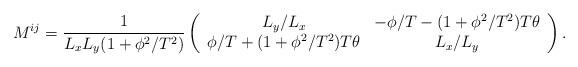
LaTeX: \begin{align*}M^{ij}=\frac{1}{L_xL_y(1+\phi^2/T^2)}\left(\begin{array}{cc} L_y/L_x & -\phi/T-(1+\phi^2/T^2)T\theta \\ \phi/T+(1+\phi^2/T^2)T\theta & L_x/L_y \end{array}\right).\end{align*}